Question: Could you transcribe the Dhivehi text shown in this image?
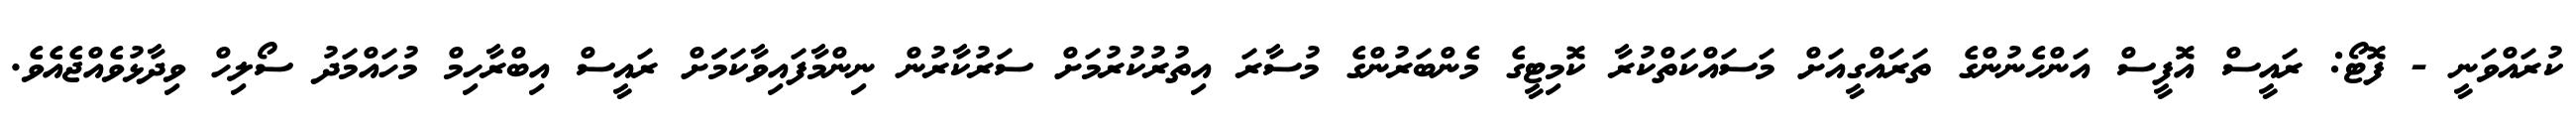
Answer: ކުރައްވަނީ - ފޮޓޯ: ރައީސް އޮފީސް އަންހެނުންގެ ތަރައްގީއަށް މަސައްކަތްކުރާ ކޮމިޓީގެ މެންބަރުންގެ މުސާރަ އިތުރުކުރުމަށް ސަރުކާރުން ނިންމާފައިވާކަމަަށް ރައީސް އިބްރާހިމް މުހައްމަދު ސޯލިހް ވިދާޅުވެއްޖެއެވެ.